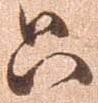
只